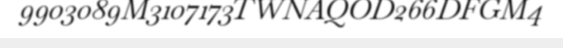
9903089M3107173TWNAQOD266DFGM4